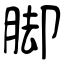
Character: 脚